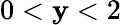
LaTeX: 0<\mathbf{y}<2